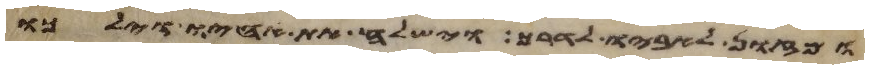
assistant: ומזון לאביו לדרך וישלח את אחיו וילכו